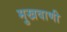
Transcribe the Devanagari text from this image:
मुखवाणी